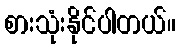
စားသုံးနိုင်ပါတယ်။